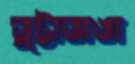
ভুট্টাভাঙা